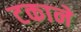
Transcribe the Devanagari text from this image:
टकाने